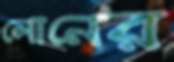
লোনের